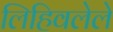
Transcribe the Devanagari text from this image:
लिहिवलेले